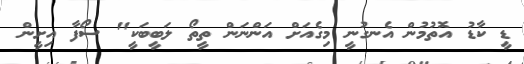
ޑީ ކާޑު އޮތުމުން އެނގުނީ މިގެއަށް އަންނަން ތީތޯ ލަބީބަކީ" ސޯފާ އިށީން